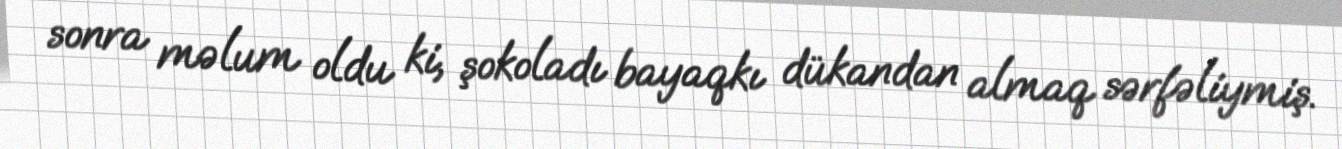
sonra məlum oldu ki, şokoladı bayaqkı dükandan almaq sərfəliymiş.